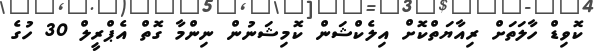
ކޮވިޑް ހާލަތަށް ރިއާޔަތްކޮށް އިލެކްޝަން ކޮމިޝަނުން ނިންމާ ގޮތް އެޕްރީލް 30 ހުގެ